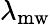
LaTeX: \lambda_{\mathrm{mw}}